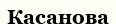
Касанова